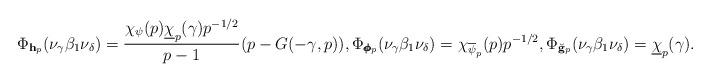
LaTeX: \begin{align*} \Phi_{\mathbf h_p}(\nu_{\gamma} \beta_1\nu_{\delta}) = \frac{\chi_{\psi}(p)\underline{\chi}_p(\gamma) p^{-1/2}}{p-1}(p - G(-\gamma,p)), \Phi_{\pmb{\phi}_p}(\nu_{\gamma} \beta_1\nu_{\delta}) = \chi_{\overline{\psi}_p}(p)p^{-1/2}, \Phi_{\breve{\mathbf g}_p}(\nu_{\gamma}\beta_1\nu_{\delta}) = \underline{\chi}_p(\gamma). \end{align*}